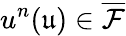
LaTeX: u^{n}(\mathfrak{u})\in\overline{{\mathcal{F}}}